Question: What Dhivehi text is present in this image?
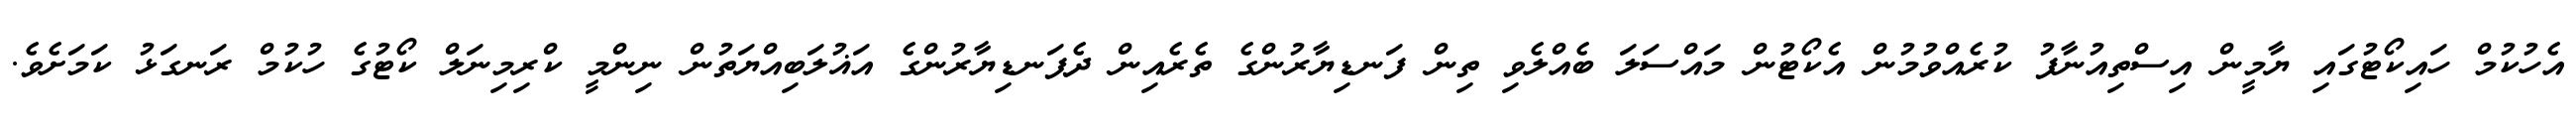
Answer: އެހުކުމް ހައިކޯޓުގައި ޔާމީން އިސްތިއުނާފު ކުރެއްވުމުން އެކޯޓުން މައްސަލަ ބެއްލެވި ތިން ފަނޑިޔާރުންގެ ތެރެއިން ދެފަނޑިޔާރުންގެ އަޣުލަބިއްޔަތުން ނިންމީ ކްރިމިނަލް ކޯޓުގެ ހުކުމް ރަނގަޅު ކަމަށެވެ.